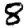
Digit: 8